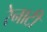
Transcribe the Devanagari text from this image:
रेनाटी